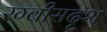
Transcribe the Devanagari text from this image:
रग्बीसदृश